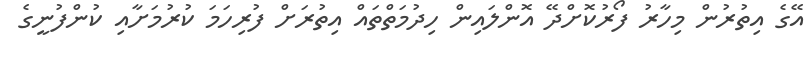
އޭގެ އިތުރުން މިހާރު ފޯރުކޮށްދޭ އޮންލައިން ހިދުމަތްތައް އިތުރަށް ފުރިހަމަ ކުރުމަށާއި ކުންފުނީގެ